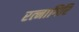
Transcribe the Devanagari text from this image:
रत्‍नागिरि